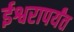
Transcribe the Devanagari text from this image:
ईश्वरापर्यंत